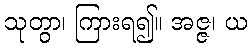
သုတွာ၊ ကြားရ၍။ အဇ္ဇ၊ ယ